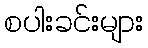
စပါးခင်းများ